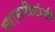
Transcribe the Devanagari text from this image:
व्यासपीठांशी